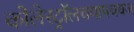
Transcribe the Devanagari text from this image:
कोलेस्ट्रॉलचयापचयज